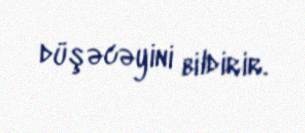
düşəcəyini bildirir.